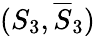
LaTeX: (S_{3},\overline{{S}}_{3})